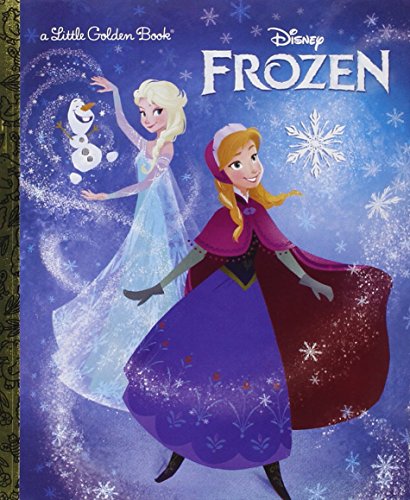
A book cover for Frozen Little Golden Book (Disney Frozen); RH Disney; Children's Books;